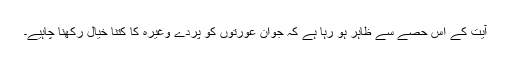
آیت کے اس حصے سے ظاہر ہو رہا ہے کہ جوان عورتوں کو پردے وغیرہ کا کتنا خیال رکھنا چاہیے۔